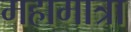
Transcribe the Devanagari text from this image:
महामात्रा